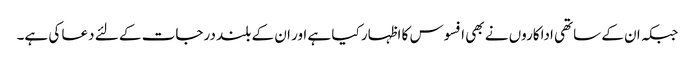
جبکہ ان کے ساتھی اداکاروں نے بھی افسوس کا اظہار کیا ہے اور ان کے بلند درجات کے لئے دعا کی ہے۔